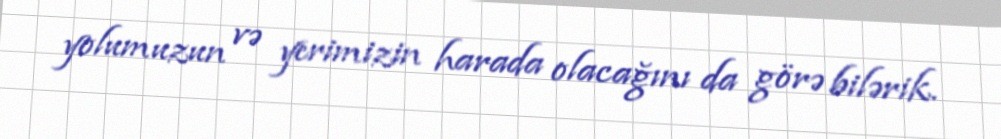
yolumuzun və yerimizin harada olacağını da görə bilərik.